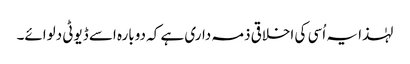
لہٰذا یہ اُسی کی اخلاقی ذمہ داری ہے کہ دوبارہ اسے ڈیوٹی دلوائے۔